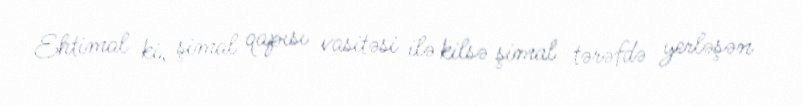
Ehtimal ki, şimal qapısı vasitəsi ilə kilsə şimal tərəfdə yerləşən